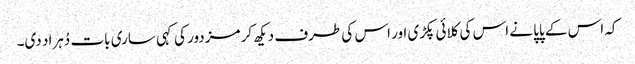
کہ اس کے پاپا نے اس کی کلائی پکڑی اور اس کی طرف دیکھ کر مزدور کی کہی ساری بات دُہراد دی۔